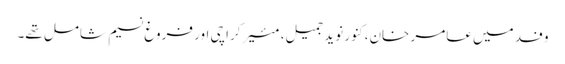
وفد میں عامر خان، کنور نوید جمیل، مئیرکراچی اور فروغ نسیم شامل تھے۔